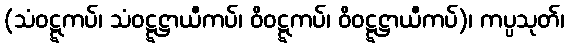
(သံဝဋ္ဋကပ်၊ သံဝဋ္ဋဋ္ဌာယီကပ်၊ ဝိဝဋ္ဋကပ်၊ ဝိဝဋ္ဋဋ္ဌာယီကပ်)၊ ကပ္ပသုတ်၊